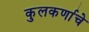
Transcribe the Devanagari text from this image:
कुलकर्णाचे